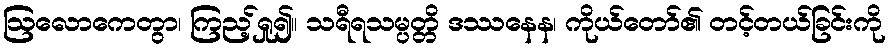
ဩလောကေတွာ၊ ကြည့်ရှု၍။ သရီရသမ္ပတ္တိ ဒဿနေန၊ ကိုယ်တော်၏ တင့်တယ်ခြင်းကို